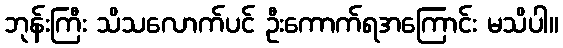
ဘုန်းကြီး သိသလောက်ပင် ဦးကောက်ရအကြောင်း မသိပါ။